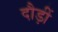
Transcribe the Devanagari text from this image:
दौड़ीं